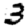
Digit: 3